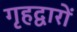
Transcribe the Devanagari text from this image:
गृहद्वारों